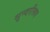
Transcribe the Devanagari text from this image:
सुन्दरीरूप